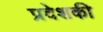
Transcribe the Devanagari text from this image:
प्रदेशकी